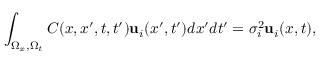
\int _ { \Omega _ { x } , \Omega _ { t } } C ( x , x ^ { \prime } , t , t ^ { \prime } ) { \mathbf { u } } _ { i } ( x ^ { \prime } , t ^ { \prime } ) d x ^ { \prime } d t ^ { \prime } = \sigma _ { i } ^ { 2 } { \mathbf { u } } _ { i } ( x , t ) ,